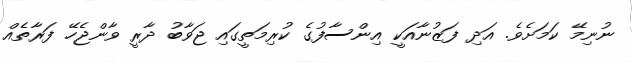
ނުނިމޭ ކަމަށެވެ. އަދި ފަޒުނާއަކީ އިންސާފުގެ ކުރިމަތީގައި ޖަވާބު ދާރީ ވާންޖެހޭ ފަރާތެއް